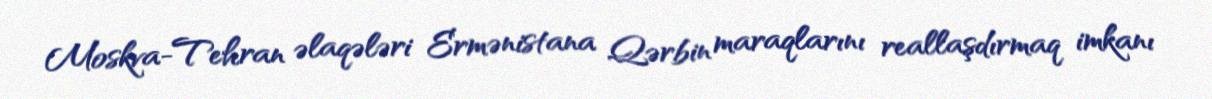
Moskva-Tehran əlaqələri Ermənistana Qərbin maraqlarını reallaşdırmaq imkanı